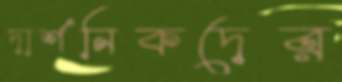
দার্শনিকদের